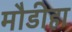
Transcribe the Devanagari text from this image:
मौडीहा